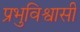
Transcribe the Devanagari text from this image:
प्रभुविश्वासी